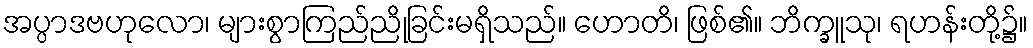
အပ္ပာဒဗဟုလော၊ များစွာကြည်ညိုခြင်းမရှိသည်။ ဟောတိ၊ ဖြစ်၏။ ဘိက္ခူသု၊ ရဟန်းတို့၌။